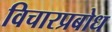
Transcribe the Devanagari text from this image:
विचारप्रबोध